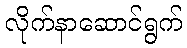
လိုက်နာဆောင်ရွက်